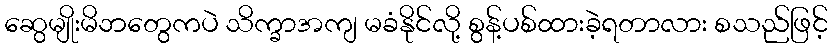
ဆွေမျိုးမိဘတွေကပဲ သိက္ခာအကျ မခံနိုင်လို့ စွန့်ပစ်ထားခဲ့ရတာလား စသည်ဖြင့်